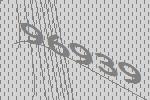
96939